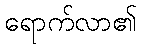
ရောက်လာ၏